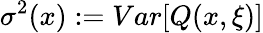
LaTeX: \sigma^{2}(x):=Var[Q(x,\xi)]